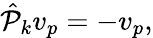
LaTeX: \begin{array}{r}{\hat{\mathcal P}_{k}v_{p}=-v_{p},}\end{array}